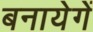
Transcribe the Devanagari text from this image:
बनायेगें